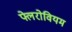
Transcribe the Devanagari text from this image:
फ्लेरोवियम